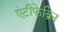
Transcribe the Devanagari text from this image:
एंटीफेब्रिन